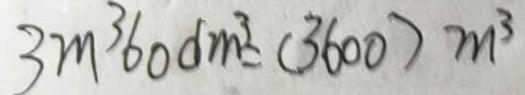
3 m ^ { 3 } 6 0 d m ^ { 3 } = ( 3 6 0 0 ) m ^ { 3 }